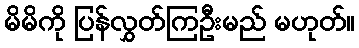
မိမိကို ပြန်လွှတ်ကြဦးမည် မဟုတ်။